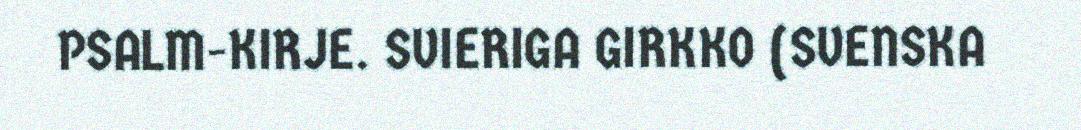
PSALM-KIRJE. SVIERIGA GIRKKO (SVENSKA